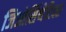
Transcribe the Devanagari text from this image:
जिओसिंथेटिक्स